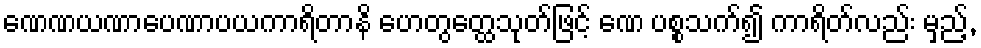
ဏေဏယဏာပေဏာပယကာရိတာနိ ဟေတွတ္ထေသုတ်ဖြင့် ဏေ ပစ္စသက်၍ ကာရိတ်လည်း မှည့်,